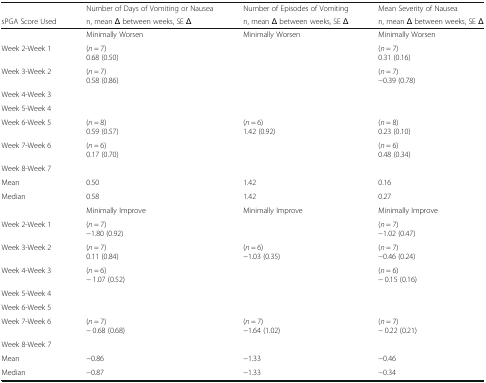
|  | Number of Days of Vomiting or Nausea | Number of Episodes of Vomiting | Mean Severity of Nausea |
 | sPGA Score Used | n, mean Δ between weeks, SE Δ | n, mean Δ between weeks, SE Δ | n, mean Δ between weeks, SE Δ |
 | --- | --- | --- | --- |
 |  | Minimally Worsen | Minimally Worsen | Minimally Worsen |
 | Week 2-Week 1 | (n = 7)0.68 (0.50) |  | (n = 7)0.31 (0.16) |
 | Week 3-Week 2 | (n = 7)0.58 (0.86) |  | (n = 7)−0.39 (0.78) |
 | Week 4-Week 3 |  |  |  |
 | Week 5-Week 4 |  |  |  |
 | Week 6-Week 5 | (n = 8)0.59 (0.57) | (n = 6)1.42 (0.92) | (n = 8)0.23 (0.10) |
 | Week 7-Week 6 | (n = 6)0.17 (0.70) |  | (n = 6)0.48 (0.34) |
 | Week 8-Week 7 |  |  |  |
 | Mean | 0.50 | 1.42 | 0.16 |
 | Median | 0.58 | 1.42 | 0.27 |
 |  | Minimally Improve | Minimally Improve | Minimally Improve |
 | Week 2-Week 1 | (n = 7)−1.80 (0.92) |  | (n = 7)−1.02 (0.47) |
 | Week 3-Week 2 | (n = 7)0.11 (0.84) | (n = 6)−1.03 (0.35) | (n = 7)−0.46 (0.24) |
 | Week 4-Week 3 | (n = 6)− 1.07 (0.52) |  | (n = 6)− 0.15 (0.16) |
 | Week 5-Week 4 |  |  |  |
 | Week 6-Week 5 |  |  |  |
 | Week 7-Week 6 | (n = 7)− 0.68 (0.68) | (n = 7)−1.64 (1.02) | (n = 7)− 0.22 (0.21) |
 | Week 8-Week 7 |  |  |  |
 | Mean | −0.86 | −1.33 | −0.46 |
 | Median | −0.87 | −1.33 | −0.34 |